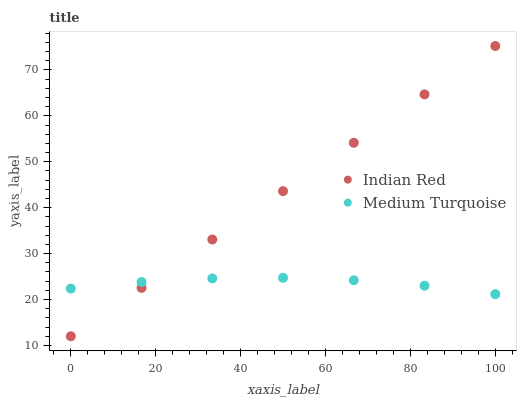
| xaxis_label | Indian Red | Medium Turquoise |
 | --- | --- | --- |
 | 0 | 12 | 22.4 |
 | 16.7 | 22.5 | 23.8 |
 | 33.3 | 33.1 | 24.6 |
 | 50 | 43.6 | 24.7 |
 | 66.7 | 54.1 | 24.2 |
 | 83.3 | 64.7 | 23 |
 | 100 | 75.2 | 21.2 |